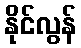
နိုင်လွန်